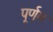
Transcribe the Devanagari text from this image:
पूर्णम